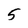
Character: 5